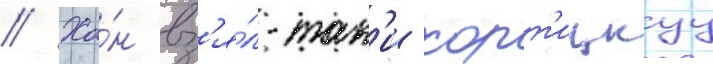
// Ха́н вз'я́л-так'и хорт'ицкуу